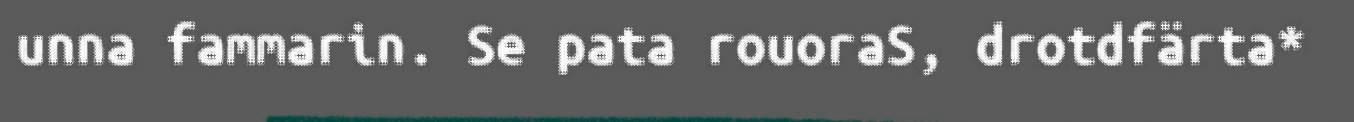
unna fammarin. Se pata rouoraS, drotdfärta*